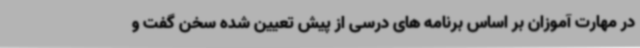
در مهارت آموزان بر اساس برنامه های درسی از پیش تعیین شده سخن گفت و